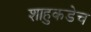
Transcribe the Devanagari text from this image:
शाहुकडेच